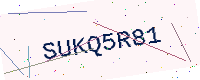
Text: SUKQ5R81